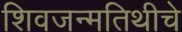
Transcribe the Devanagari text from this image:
शिवजन्मतिथीचे